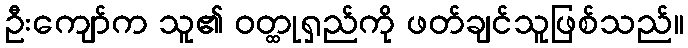
ဦးကျော်က သူ၏ ဝတ္ထုရှည်ကို ဖတ်ချင်သူဖြစ်သည်။